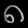
Digit: ၈